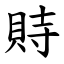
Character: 䝰